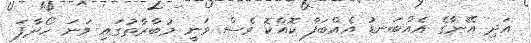
އަދި އޭނާގެ އެއްބަނޑު އެއްބަފާ ކޮއްކޮ ވެސް ވަނީ މުބާރާތުގައި ވަނަ ހޯދާފަ